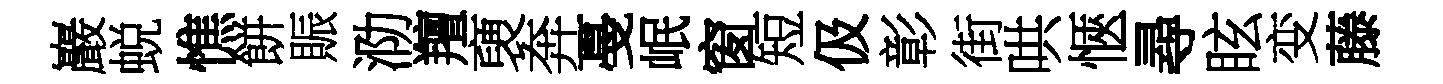
巖蜕憔餅賑泐羶褏奔戞岷窗短伋彰街哄愜尋眩变藤